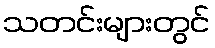
သတင်းများတွင်